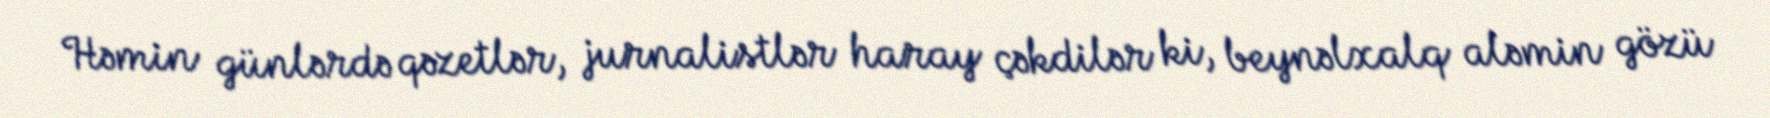
Həmin günlərdə qəzetlər, jurnalistlər haray çəkdilər ki, beynəlxalq aləmin gözü